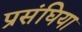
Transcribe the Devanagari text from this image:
प्रसंघिया